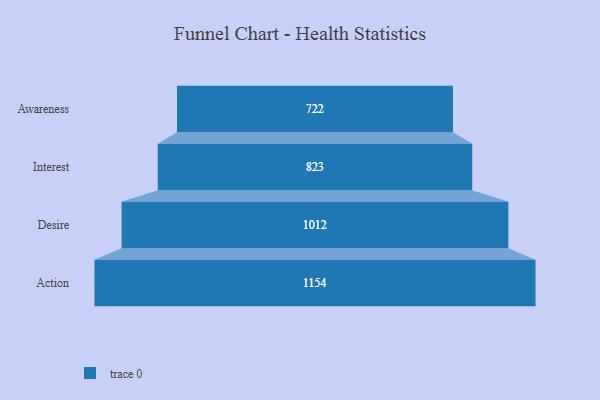
{"axis": {"x": "Stage", "y": "Value"}, "legend": [""], "data": [{"x": "Awareness", "y": 722.0, "type": ""}, {"x": "Interest", "y": 823.0, "type": ""}, {"x": "Desire", "y": 1012.0, "type": ""}, {"x": "Action", "y": 1154.0, "type": ""}]}